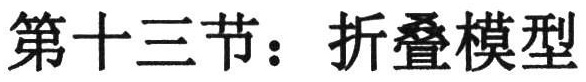
第十三节：折叠模型